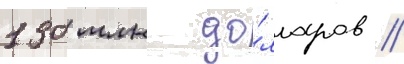
130 млн до́лларов //